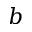
b